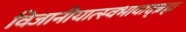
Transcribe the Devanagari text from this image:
विजानीयात्स्वभावाद्ब्रह्म